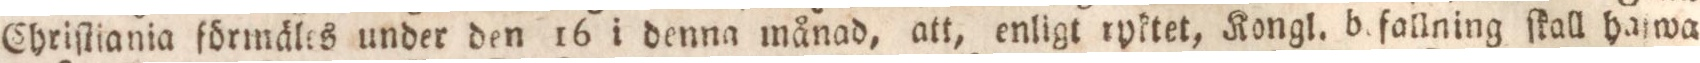
Chriſtiania förmäles under den 16 i denna månad, att, enligt ryktet, Kongl. b. fallning ſkall haſwa